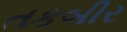
તકબીર